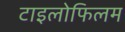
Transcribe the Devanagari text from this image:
टाइलोफिलम